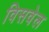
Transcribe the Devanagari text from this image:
विसवेल